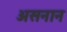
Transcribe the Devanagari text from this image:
असनान